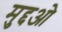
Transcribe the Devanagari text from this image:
मुद्दओ